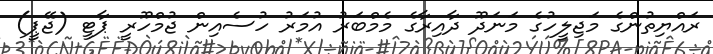
ރައްޔިތުންގެ މަޖިލީހުގެ މަނަދޫ ދާއިރާގެ މެމްބަރު އުމަރު ހުސެއިން ޖުމްހޫރީ ޕާޓީ (ޖޭޕީ)